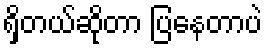
ရှိတယ်ဆိုတာ ပြနေတာပဲ